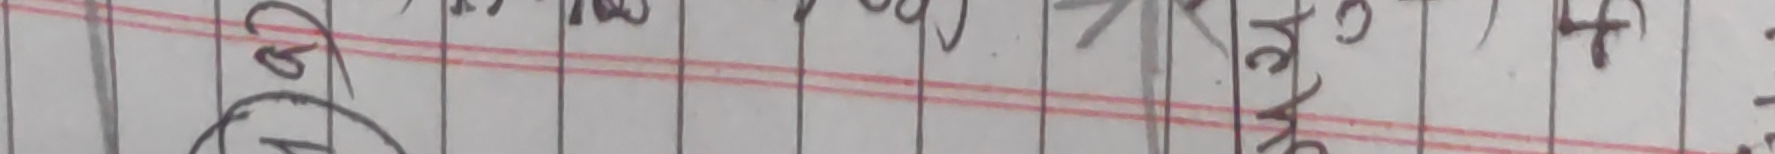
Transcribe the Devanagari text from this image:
२ ३ ४ ५ ७ ९ ० + १
का
①
अ
क
म
ल
च
फ
त
रे
रे